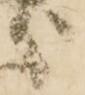
之